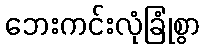
ဘေးကင်းလုံခြုံစွာ